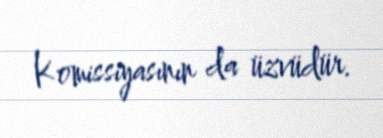
Komissiyasının da üzvüdür.